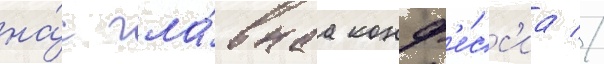
на́с гла́внаа конф'е́сс'иа //